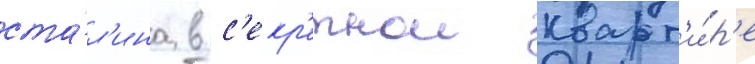
ста́л'ина в с'екр'етнои кварт'и́р'е